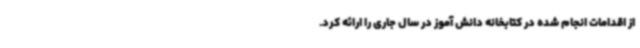
از اقدامات انجام شده در کتابخانه دانش آموز در سال جاری را ارائه کرد.